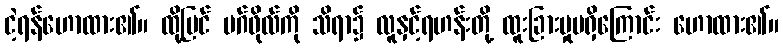
ငဲ့ရန်ဟောထား၏။ ထို့ပြင် မဂ်ဖိုလ်ကို သိရာ၌ လူနှင့်ရဟန်းတို့ ထူးခြားမှုမရှိကြောင်း ဟောထား၏။